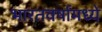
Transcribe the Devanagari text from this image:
भारतवर्षामध्ये